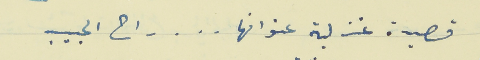
قصيدة غز لية عنوانها . . . راح الحبيب